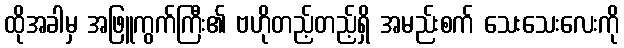
ထိုအခါမှ အဖြူကွက်ကြီး၏ ဗဟိုတည့်တည့်ရှိ အမည်းစက် သေးသေးလေးကို